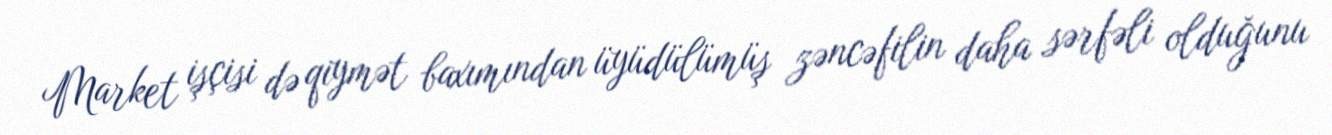
Market işçisi də qiymət baxımından üyüdülümüş zəncəfilin daha sərfəli olduğunu